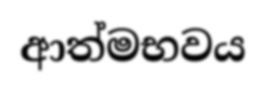
ආත්මභවය